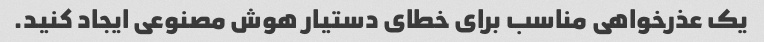
یک عذرخواهی مناسب برای خطای دستیار هوش مصنوعی ایجاد کنید.